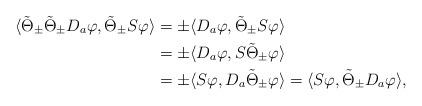
LaTeX: \begin{align*}\langle \tilde{\Theta}_\pm \tilde{\Theta}_\pm D_a\varphi, \tilde{\Theta}_\pm S\varphi\rangle&=\pm \langle D_a\varphi, \tilde{\Theta}_\pm S\varphi\rangle\\&=\pm \langle D_a\varphi, S\tilde{\Theta}_\pm \varphi\rangle\\&=\pm \langle S\varphi, D_a\tilde{\Theta}_\pm \varphi\rangle=\langle S\varphi, \tilde{\Theta}_\pm D_a\varphi\rangle,\end{align*}